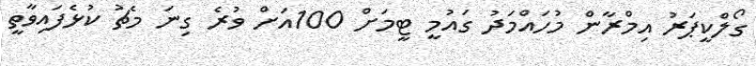
ގޯލްކީޕަރު އިމްރާން މުހައްމަދު ގައުމީ ޓީމަށް 100އަށް ވުރެ ގިނަ މެޗު ކުޅެފައިވާތީ